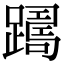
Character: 𨅡